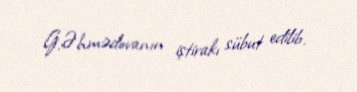
G.Əhmədovanın iştirakı sübut edilib.